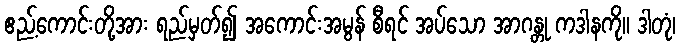
ဧည့်ကောင်းတို့အား ရည်မှတ်၍ အကောင်းအမွန် စီရင် အပ်သော အာဂန္တု ကဒါနကို။ ဒါတုံ၊